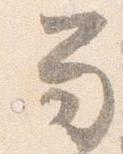
笏